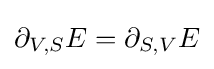
\partial _{V,S}E=\partial _{S,V}E